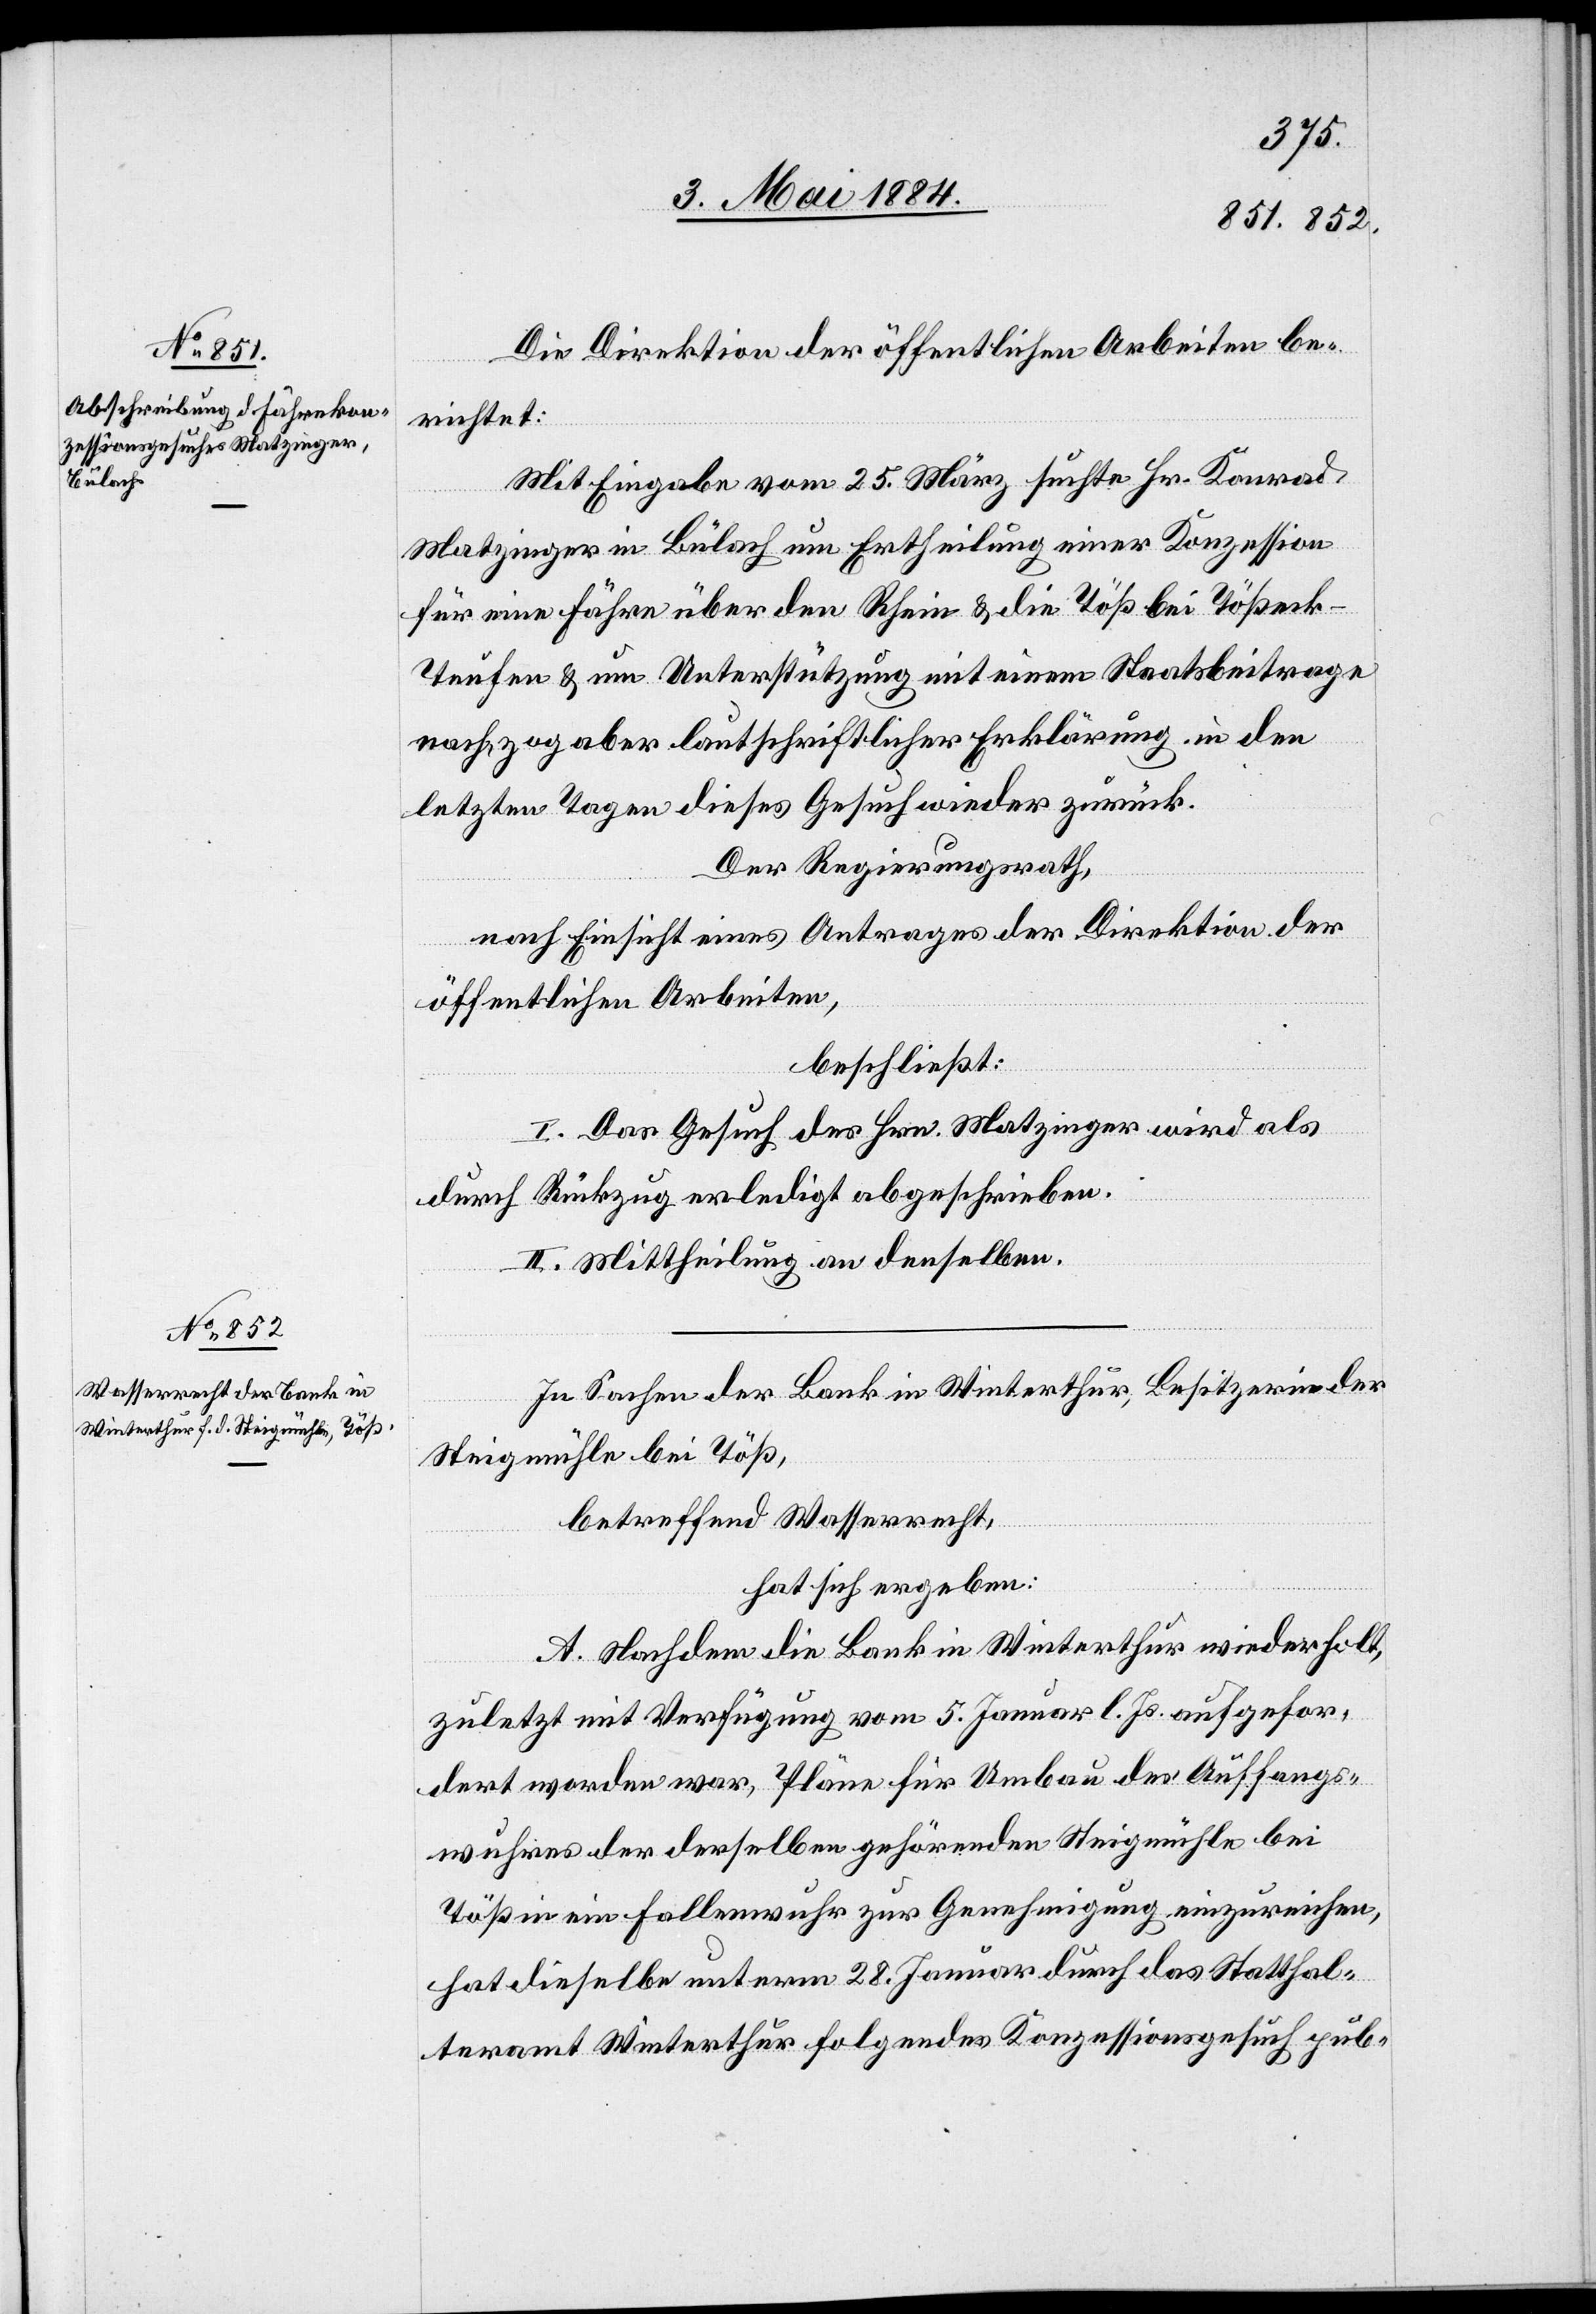
Die Direktion der öffentlichen Arbeiten be¬
richtet:
Mit Eingabe vom 25. März suchte Hr. Konrad
Matzinger in Bülach um Ertheilung einer Konzession
für eine Fähre über den Rhein & die Töß bei Tößeck
Teufen & um Unterstützung mit einem Staatsbeitrage
nach, zog aber laut schriftlicher Erklärung in den
letzten Tagen dieses Gesuch wieder zurück.
Der Regierungsrath,
nach Einsicht eines Antrages der Direktion der
öffentlichen Arbeiten,
beschließt:
I. Das Gesuch des Hrn. Matzinger wird als
durch Rückzug erledigt abgeschrieben.
II. Mittheilung an denselben.
In Sachen der Bank in Winterthur, Besitzerin der
Steigmühle bei Töß,
betreffend Wasserrecht,
hat sich ergeben:
A. Nachdem die Bank in Winterthur wiederholt,
zuletzt mit Verfügung vom 5. Januar l. Js. aufgefor¬
dert worden war, Pläne für Umbau des Auffangs¬
wuhres der derselben gehörenden Steigmühle bei
Töß in ein Fallenwuhr zur Genehmigung einzureichen,
hat dieselbe unterm 28. Januar durch das Statthal¬
teramt Winterthur folgendes Konzessionsgesuch pub-